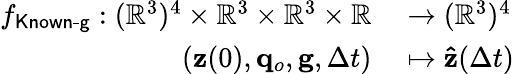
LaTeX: \begin{array}{rl}{f_{\textsf{Known-g}}:(\mathbb R^{3})^{4}\times\mathbb{R}^{3}\times\mathbb{R}^{3}\times\mathbb R}&{{}\to(\mathbb R^{3})^{4}}\\ {(\mathbf{z}(0),\mathbf{q}_{o},\mathbf{g},\Delta t)}&{{}\mapsto\mathbf{\hat{z}}(\Delta t)}\end{array}